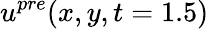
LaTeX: u^{pre}(x,y,t=1.5)